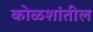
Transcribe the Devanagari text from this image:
कोळशांतील